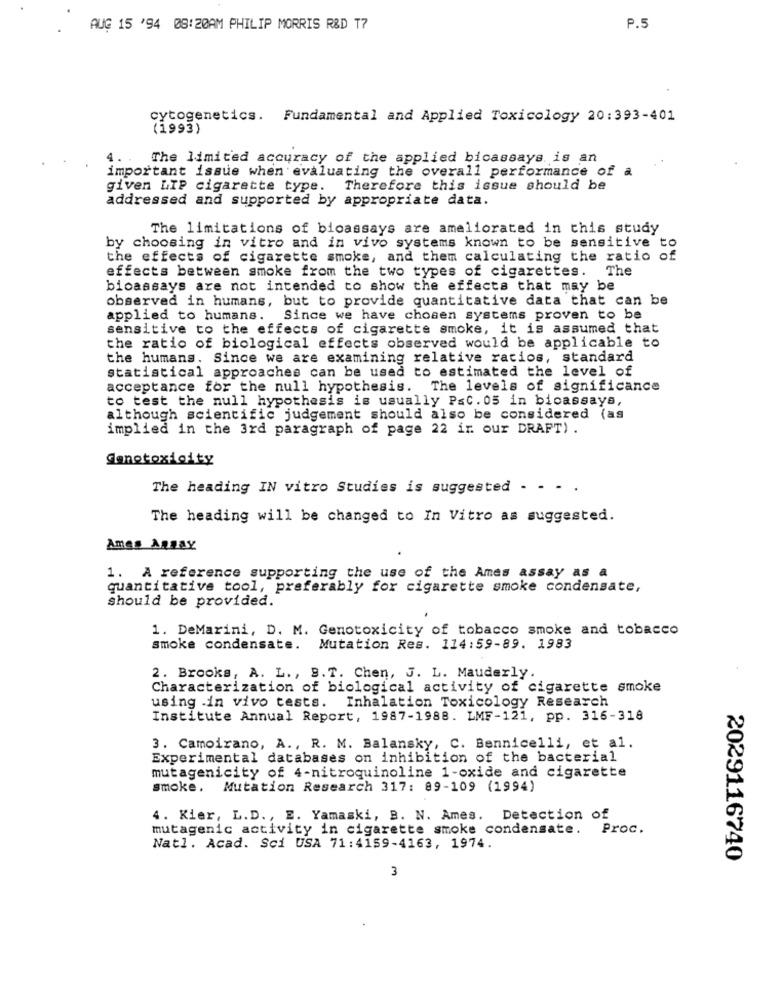
AUG 15 '94 08:20AM PHILIP MORRIS R&D T?
P.5
cytogenetics. Fundamental and Applied Toxicology 20:393-401
(1993)
4.
The limited accuracy of the applied bicassays is an
important issue when evaluating the overall performance of a
given LIP cigarette type. Therefore this issue should be
addressed and supported by appropriate data.
The limitations of bioassays are ameliorated in this study
by choosing in vitro and in vivo systems known to be sensitive to
the effects of cigarette smoke, and them calculating the ratio of
effects between smoke from the two types of cigarettes. The
bioassays are not intended to show the effects that may be
observed in humans, but to provide quantitative data that can be
applied to humans.
. Since we have chosen systems proven to be
sensitive to the effects of cigarette smoke, it is assumed that
the ratio of biological effects observed would be applicable to
the humans. Since we are examining relative ratios, standard
statistical approaches can be used to estimated the level of
acceptance for the null hypothesis. The levels of significance
to test the null hypothesis is usually Pac. 05 in bicassays,
although scientific judgement should also be considered (as
implied in the 3rd paragraph of page 22 in our DRAFT) .
Ganotoxicity
The heading IN vitro Studies is suggested - - - .
The heading will be changed to In Vitro as suggested.
Ames Annay
1. A reference supporting the use of the Ames assay as a
quantitative tool, preferably for cigarette smoke condensate,
should be provided.
1. DeMarini, D. M. Genotoxicity of tobacco smoke and tobacco
smoke condensate. Mutation Res. 114:59-89. 1983
2. Brooks, A. L. , 9.T. Chen, J. L. Mauderly.
Characterization of biological activity of cigarette smoke
using in vivo tests. Inhalation Toxicology Research
Institute Annual Report, 1987-1988. LMF-121, pp. 316-318
3. Camoirano, A ., R. M. Balansky, C. Bennicelli, et al.
Experimental databases on inhibition of the bacterial
mutagenicity of 4-nitroquinoline 1-oxide and cigarette
smoke. Mutation Research 317: 89-109 (1994)
4. Kier, L.D. , E. Yamaski, B. N. Ames.
Detection of
mutagenic activity in cigarette smoke condensate.
Proc.
Natl. Acad. Sci USA 71:4159-4163, 1974.
2029116740
3